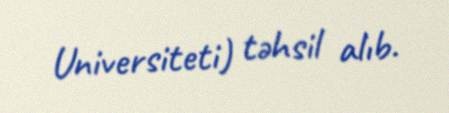
Universiteti) təhsil alıb.